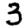
Digit: 3